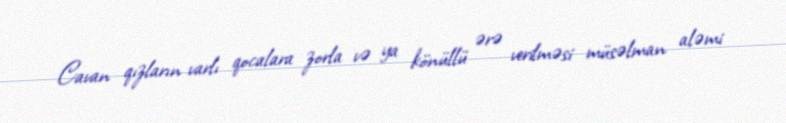
Cavan qızların varlı qocalara zorla və ya könüllü ərə verilməsi müsəlman aləmi